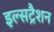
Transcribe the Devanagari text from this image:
इल्सट्रैशन